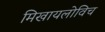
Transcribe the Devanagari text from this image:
मिखायलोविच